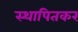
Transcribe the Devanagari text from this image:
स्थापितकर